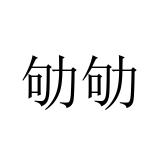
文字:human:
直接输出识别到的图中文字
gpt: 劬劬